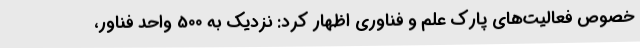
خصوص فعالیت‌های پارک علم و فناوری اظهار کرد: نزدیک به 500 واحد فناور،